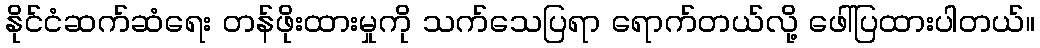
နိုင်ငံဆက်ဆံရေး တန်ဖိုးထားမှုကို သက်သေပြရာ ရောက်တယ်လို့ ဖေါ်ပြထားပါတယ်။